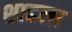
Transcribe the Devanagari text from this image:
शाहला